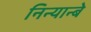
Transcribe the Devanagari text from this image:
निन्यान्बे